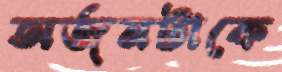
অর্জনটাকে